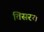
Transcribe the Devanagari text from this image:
तिसरय